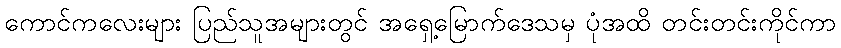
ကောင်ကလေးများ ပြည်သူအများတွင် အရှေ့မြောက်ဒေသမှ ပုံအထိ တင်းတင်းကိုင်ကာ